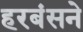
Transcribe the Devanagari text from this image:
हरबंसने